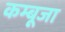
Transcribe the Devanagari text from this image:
कम्बूजा